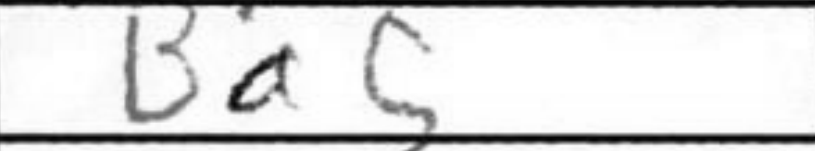
Transcription: Ba5